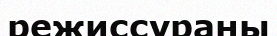
режиссураны